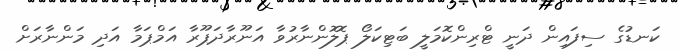
ކަނޑުގެ ސިފައިން ދަނީ ޓްރިންކޮމަލީ ބަޓިކަލޯ ޕޮލޮންނާރުވާ އަނޫރާދަޕޫރާ އަމްޕަމާ އަދި މަންނާރަށް